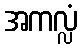
အကလ္လံ